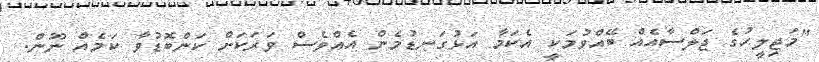
"މަޖިލީހުގެ ޖަލްސާއެއް ބޭއްވުމަކީ އެކަމާ އަޅުގަނޑުމެން އެއްވެސް ވަރަކަަށް ކަންބޮޑުވާ ކަމެއް ނޫން.